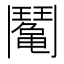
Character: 䰗